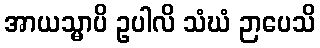
အာယသ္မာပိ ဥပါလိ သံဃံ ဉာပေသိ